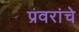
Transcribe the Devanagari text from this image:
प्रवरांचे